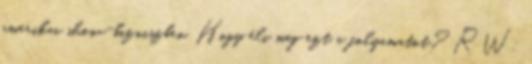
amerikai show-bizniszben. Hogy éli meg ezt a folyamatot? RW: